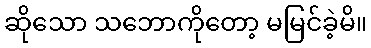
ဆိုသော သဘောကိုတော့ မမြင်ခဲ့မိ။